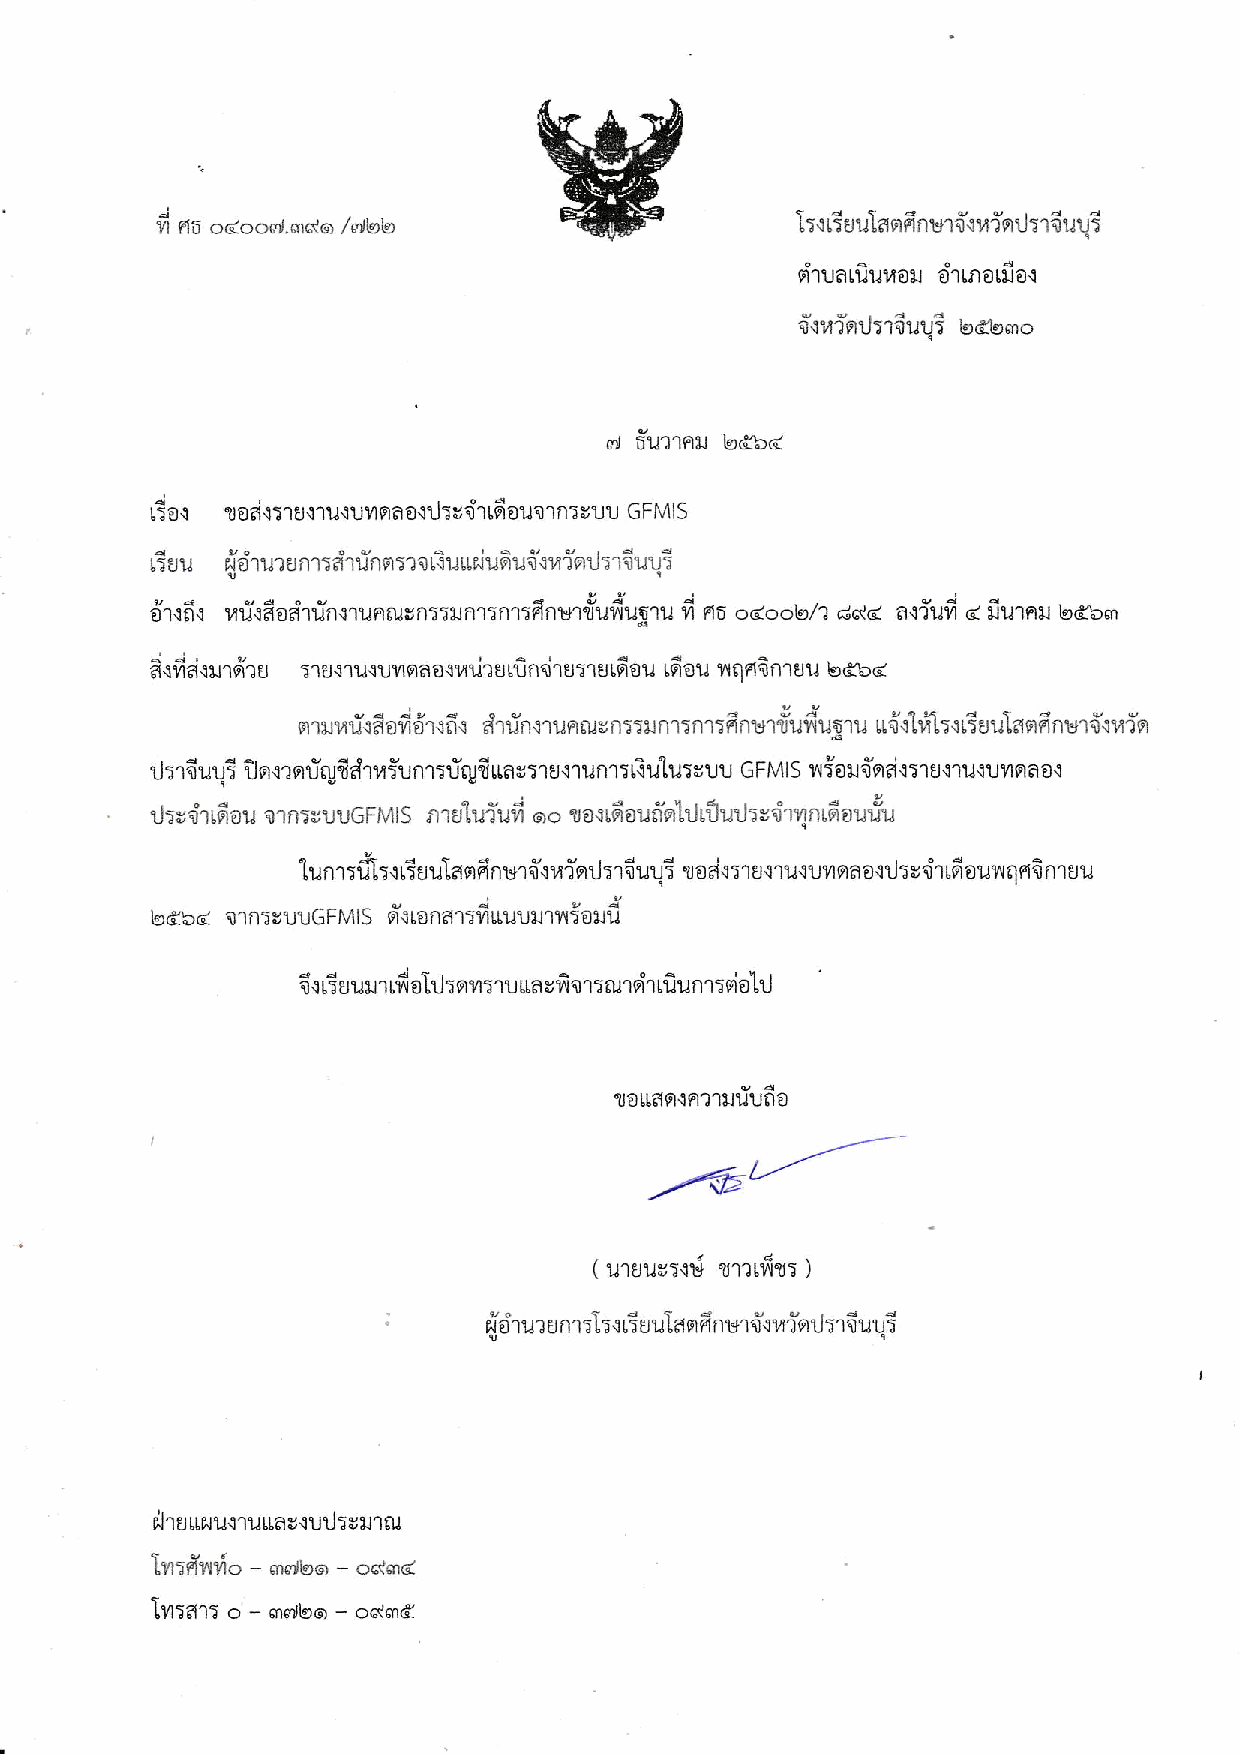
η●5oごoo劉  バo/dbb                           1、く月8観anant剪憔ν橘」、11■u奪
 “
 o3υat■■7o■ OnlnO田 oく
 守 oИっn」,1■■υ, bζじ6nO
 耐 o■っnntt bとDご
 6oo  ■ od、lηu荀￢鶴ヾυη naOく」、 8iηし6o■■η n、8uu GFヽlS
 68■  ″δ l■98nηぅぎ 1膏n儒ぅ■3n■ tt閃〕o.憔И in」ぅη寄鶴
 v弓
 ol幻ぶq l描 o'oぎηtthくηun翻彫n笥測nηinηぅ澪nt9n剣■釧鰤 1■ 。。L″´1にバご aくつ■ld轟 ■3n襲 じdbm
 'n5oこ
 が、デぎヾ田η ttη8 1■ oく■ 1」qυη na3くv198ttln038、■日、高 Ou tlou ν、 natnηutt bdЭζ
 口1脚Иuヾ8o161ヾら、 イη慟n荀n■n鋼影niぅょnη5ol,イnun■■S■5ηtt tt。(Ъえぅq鰯8ilaロイnunttQνう。
 J,11■u、 ]nく■ntl側%anν、unη、u籠■tta彰、ηuくηunηヽRJl■18υu GFMIS摯,o■■ndo、ηuol■qtlⅥ,00く
 」i彰■1loo■ ■On5811υGFIヽ11S n181■っll'。。■0ヾno■olnt」L愚鶴せ,3■lⅥntoo■乱
 1■ol、観ぅ ot=uЧlanttnυη oくllっn」5η句鶴
 u、
 剛 odくヽη 8くη驚 oυlln30荀」、83nt9o,wna¶nntlu
 しζbd Qη∩ヽ彰llυGFヽlS nくLonal、ηtt■υttη躙ヽ3脚■
 て oお8■■■し調 ol」、 nηiηuttagnttn、。 lndlιOIJ∩η、d01lJ
 ■ottanonっ■田、υoo
 ―
 矛      ―
 (■1」l.8116 %1っ ζ輌、5)
 ヽOη■3001顎｀く88観♂ロイ∩υl嶺ソう n」、 1寄llЧ,
 出η
 u
 ιζ劇■11■ttaVqυ」、彰脚η創
 lⅥ、イw晰O― m昴し。_。バmζ
 _mttbo―
 lηlanぅ 。      oまmζ